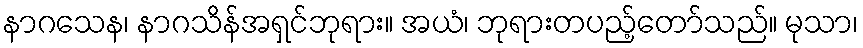
နာဂသေန၊ နာဂသိန်အရှင်ဘုရား။ အယံ၊ ဘုရားတပည့်တော်သည်။ မုသာ၊